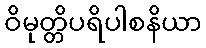
ဝိမုတ္တိပရိပါစနိယာ